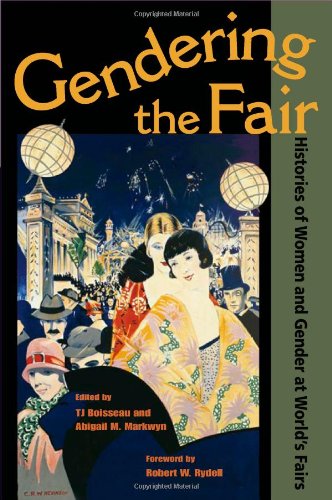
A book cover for Gendering the Fair: Histories of Women and Gender at World's Fairs; Gay & Lesbian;